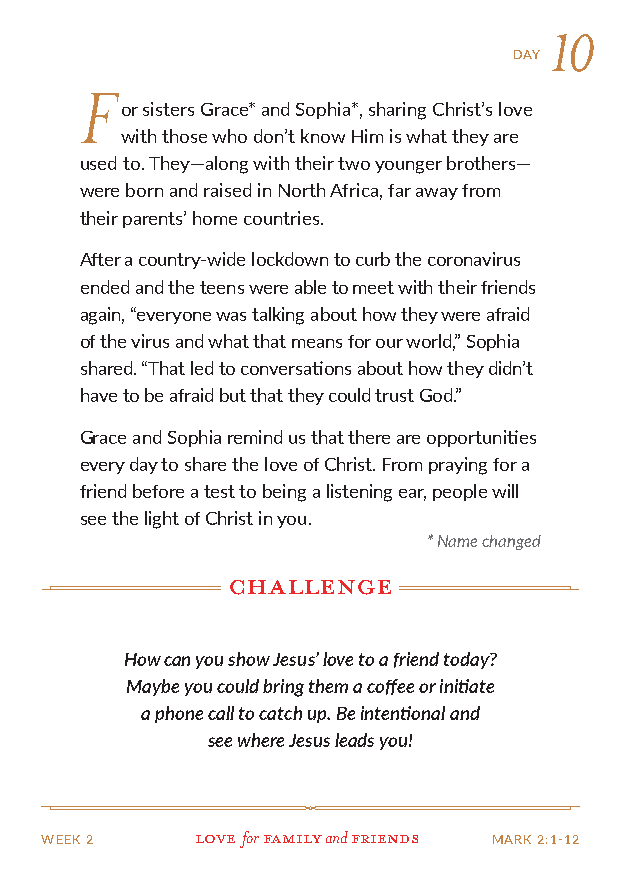
10
 DAY
 F
 or sisters Grace* and Sophia*, sharing Christ’s love
 with those who don’t know Him is what they are
 used to. They—along with their two younger brothers—
 were born and raised in North Africa, far away from
 their parents’ home countries.
 After a country-wide lockdown to curb the coronavirus
 ended and the teens were able to meet with their friends
 again, “everyone was talking about how they were afraid
 of the virus and what that means for our world,” Sophia
 shared. “That led to conversations about how they didn’t
 have to be afraid but that they could trust God.”
 Grace and Sophia remind us that there are opportunities
 every day to share the love of Christ. From praying for a
 friend before a test to being a listening ear, people will
 see the light of Christ in you.
 * Name changed
 challenge
 How can you show Jesus’ love to a friend today?
 Maybe you could bring them a coffee or initiate
 a phone call to catch up. Be intentional and
 see where Jesus leads you!
 WEEK 2    Love for family and friends MARK 2:1-12